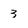
Character: 3